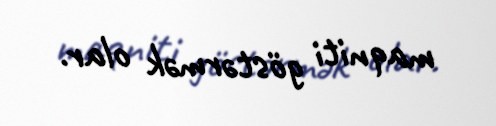
maqniti göstərmək olar.